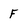
Character: F